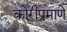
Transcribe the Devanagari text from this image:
कोरीप्रमाणे